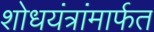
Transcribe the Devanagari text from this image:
शोधयंत्रांमार्फत